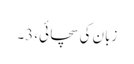
زبان کی سچائی، 3۔